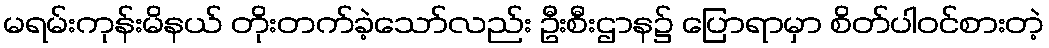
မရမ်းကုန်းမိနယ် တိုးတက်ခဲ့သော်လည်း ဦးစီးဌာန၌ ပြောရာမှာ စိတ်ပါဝင်စားတဲ့